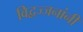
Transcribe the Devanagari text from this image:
विद्वज्जनांनी